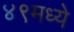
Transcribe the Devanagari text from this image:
४९मध्ये